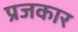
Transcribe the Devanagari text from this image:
प्रजकार